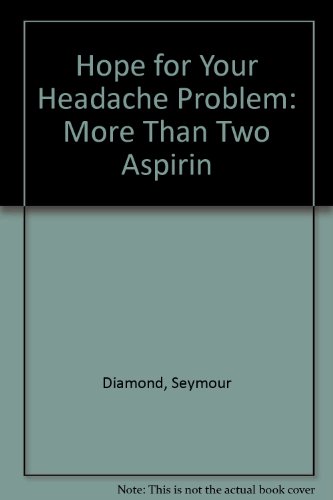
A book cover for Hope for Your Headache Problem: More Than Two Aspirin; Seymour Diamond; Health, Fitness & Dieting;